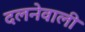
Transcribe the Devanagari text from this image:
दलनेवाली